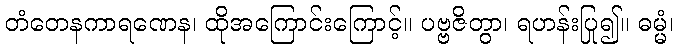
တံတေနကာရဏေန၊ ထိုအကြောင်းကြောင့်။ ပဗ္ဗဇိတွာ၊ ရဟန်းပြု၍။ ဓမ္မံ၊